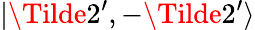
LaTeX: |\Tilde{2^{\prime}},-\Tilde{2^{\prime}}\rangle